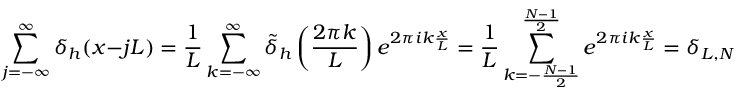
\sum _ { j = - \infty } ^ { \infty } \delta _ { h } ( x - j L ) = \frac { 1 } { L } \sum _ { k = - \infty } ^ { \infty } \tilde { \delta } _ { h } \left( \frac { 2 \pi k } { L } \right) e ^ { 2 \pi i k \frac { x } { L } } = \frac { 1 } { L } \sum _ { k = - \frac { N - 1 } { 2 } } ^ { \frac { N - 1 } { 2 } } e ^ { 2 \pi i k \frac { x } { L } } = \delta _ { L , N } ( x ) ,